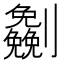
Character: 𰅈